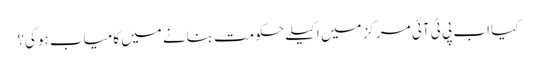
کیا اب پی ٹی آئی مرکز میں اکیلے حکومت بنانے میں کامیاب ہوگی؟